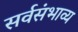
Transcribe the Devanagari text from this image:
सर्वसंभाव्य